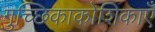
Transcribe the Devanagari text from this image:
गुच्छिकाकोशिकाएँ